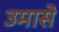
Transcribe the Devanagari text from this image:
उमासे